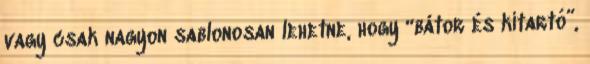
vagy csak nagyon sablonosan lehetne, hogy “bátor és kitartó”,